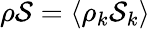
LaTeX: \rho\mathcal{S}=\langle\rho_{k}\mathcal{S}_{k}\rangle